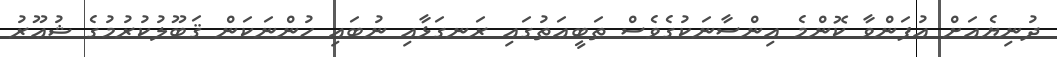
ދުނިޔެއަށް އުފަންވާ ކޮންމެ އިންސާނަކުގެވެސް ޠަބީޢަތުގައި ރަނގަޅާއި ނުބައި ހުންނަކަން ޤަބޫލުކުރުމުގެ ޝުޢޫރު